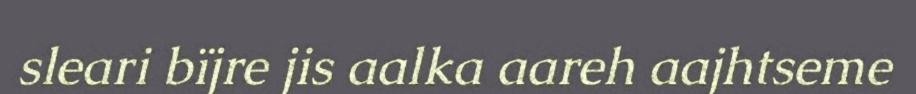
sleari bïjre jis aalka aareh aajhtseme